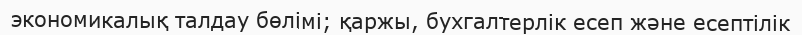
экономикалық талдау бөлімі; қаржы, бухгалтерлік есеп және есептілік